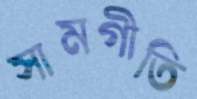
সামগীতি